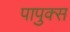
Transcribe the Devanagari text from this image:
पापुक्स